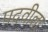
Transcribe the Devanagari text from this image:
पदवीला